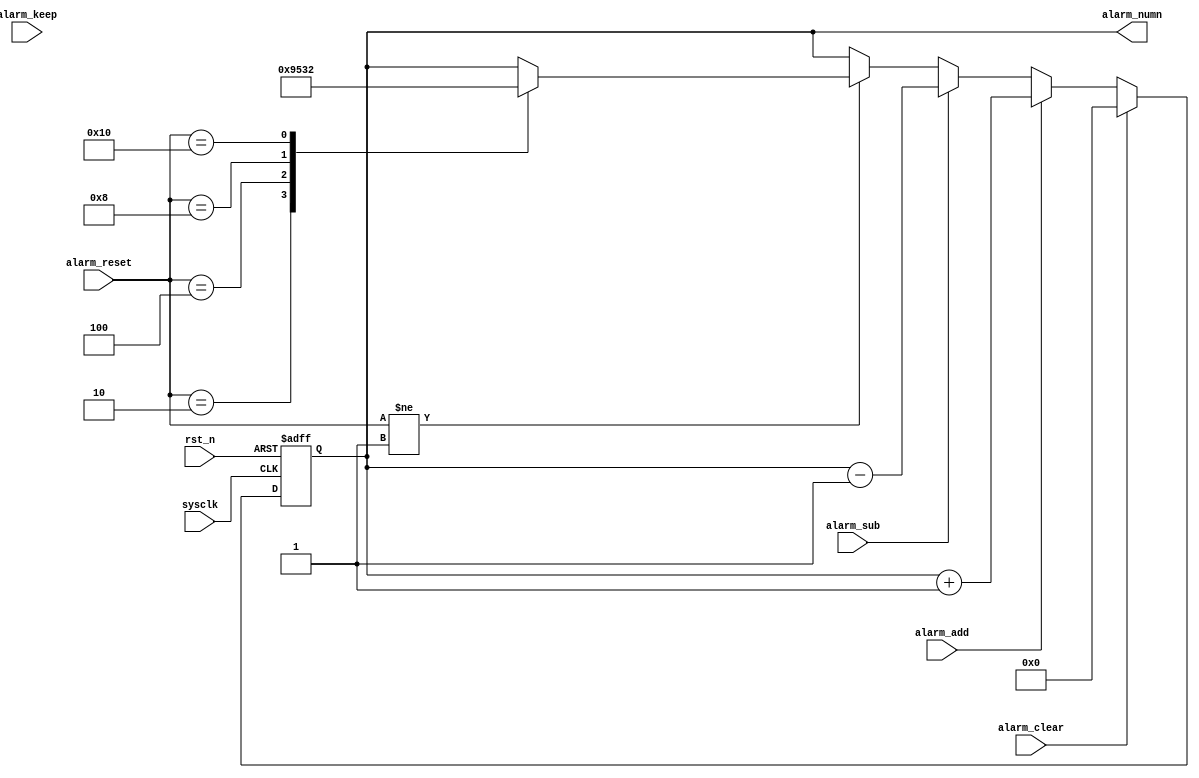
module alarm(
	input	wire			alarm_keep,
	input	wire			alarm_add,
	input	wire			alarm_sub,
	input	wire	[4:0]	alarm_reset,
	input	wire			alarm_clear,
	
	output	reg		[3:0]	alarm_numn,

	input	wire			sysclk,
	input	wire			rst_n
);
	always @ (posedge sysclk or negedge rst_n) begin
		if (~rst_n) begin
			alarm_numn <= 0;
		end
		else if (alarm_clear) begin
			alarm_numn <= 0;
		end
		else if (alarm_add) begin
			alarm_numn <= alarm_numn + 1'b1;
		end
		else if (alarm_sub) begin
			alarm_numn <= alarm_numn - 1'b1;
		end
		else if (alarm_reset != 5'b00001)
			case (alarm_reset)
			5'b00010:
				alarm_numn <= 9;
			5'b00100:
				alarm_numn <= 5;
			5'b01000:
				alarm_numn <= 3;
			5'b10000:
				alarm_numn <= 2;
			default:
				alarm_numn <= alarm_numn;
			endcase
		else if (alarm_keep) begin
			alarm_numn <= alarm_numn;
		end 
	end
endmodule